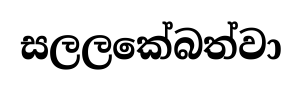
සලලකේබත්වා